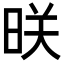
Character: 𬀲